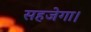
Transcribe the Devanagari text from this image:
सहजेगा।